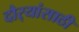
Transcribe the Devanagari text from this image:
दौर्‍यांसाठी